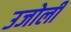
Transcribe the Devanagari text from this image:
उजोली